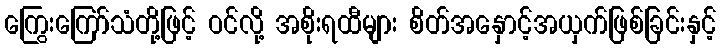
ကြွေးကြော်သံတို့ဖြင့် ဝင်လို့ အစိုးရထီများ စိတ်အနှောင့်အယှက်ဖြစ်ခြင်းနှင့်